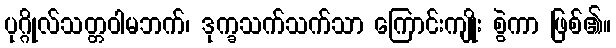
ပုဂ္ဂိုလ်သတ္တဝါမဘက်၊ ဒုက္ခသက်သက်သာ ကြောင်းကျိုး စွဲကာ ဖြစ်၏။